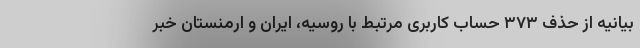
بیانیه از حذف ۳۷۳ حساب کاربری مرتبط با روسیه، ایران و ارمنستان خبر